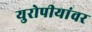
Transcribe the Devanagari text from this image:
युरोपीयांवर